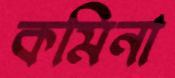
কমিনা